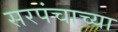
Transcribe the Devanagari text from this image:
सरपंचाच्या